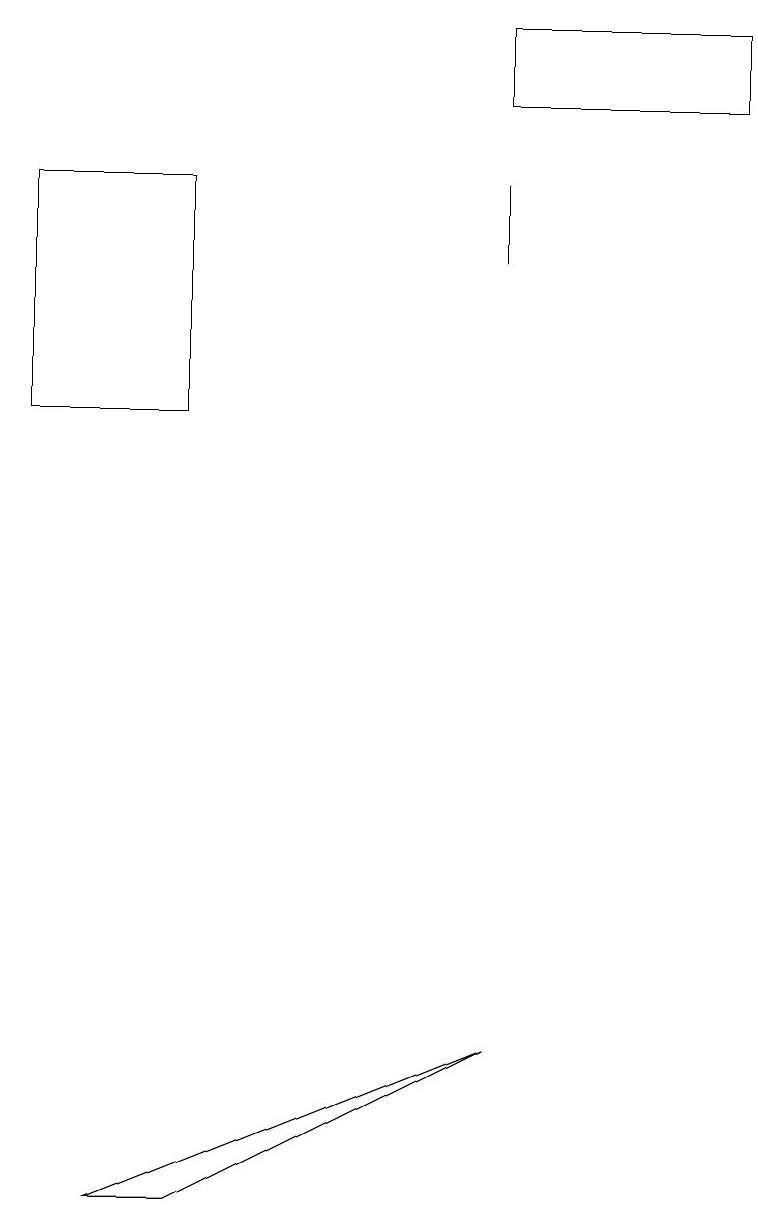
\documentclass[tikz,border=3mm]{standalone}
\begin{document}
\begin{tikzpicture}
\draw (2,17) rectangle (0,14);
\draw (2,4) -- (6,6) -- (1,4) -- cycle;
\draw (6,17) rectangle (6,16);
\draw (6,18) rectangle (9,19);
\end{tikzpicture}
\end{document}